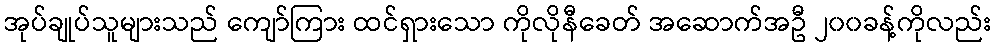
အုပ်ချုပ်သူများသည် ကျော်ကြား ထင်ရှားသော ကိုလိုနီခေတ် အဆောက်အဦ ၂၀၀ခန့်ကိုလည်း